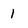
Character: 1